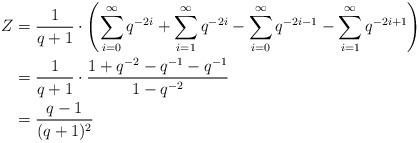
LaTeX: \begin{align*} Z & = \frac{1}{q+1} \cdot \left( \sum_{i=0}^{\infty} q^{-2i} + \sum_{i=1}^{\infty} q^{-2i} - \sum_{i=0}^{\infty} q^{-2i-1} - \sum_{i=1}^{\infty} q^{-2i+1} \right) \\ & = \frac{1}{q+1} \cdot \frac{1 + q^{-2} - q^{-1} - q^{-1}}{1 - q^{-2}} \\ & = \frac{q-1}{(q+1)^2}\end{align*}